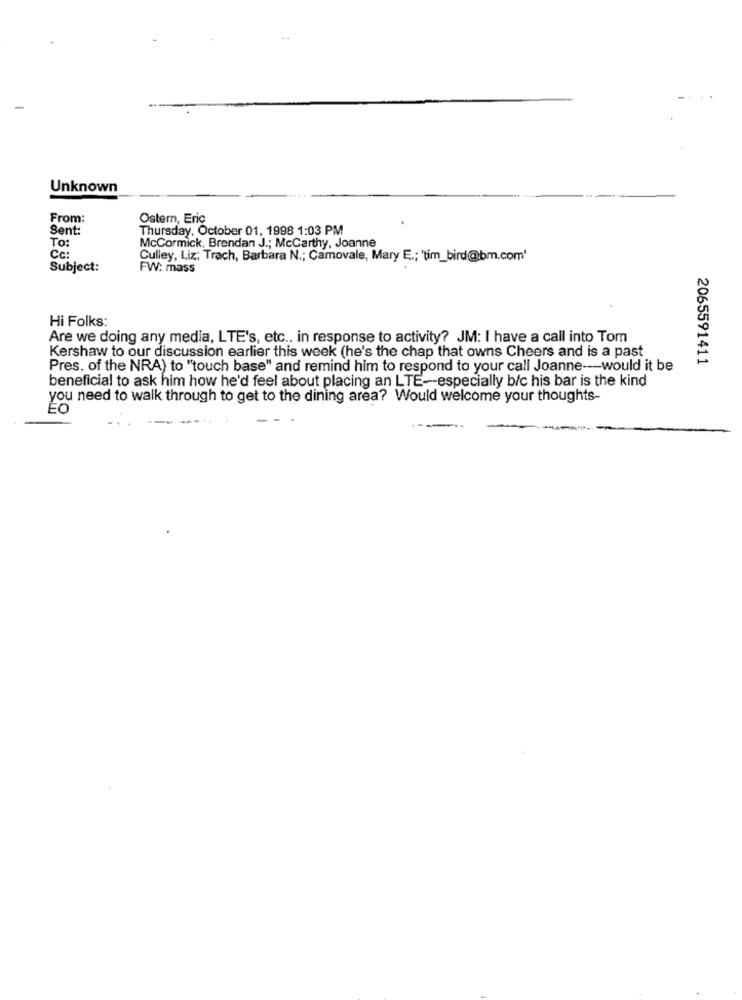
Unknown
From:
Ostern, Eric
Sent:
Thursday, October 01, 1998 1:03 PM
To:
McCormick, Brendan J .; McCarthy, Joanne
Cc:
Culley, Liz; Trach, Barbara N .; Camovale, Mary E .; 'tim_bird@bm.com'
Subject:
FW: mass
Hi Folks:
Are we doing any media, LTE's, etc .. in response to activity? JM: I have a call into Tom
Kershaw to our discussion earlier this week (he's the chap that owns Cheers and is a past
2065591411
Pres. of the NRA) to "touch base" and remind him to respond to your call Joanne -- would it be
beneficial to ask him how he'd feel about placing an LTE -- especially b/c his bar is the kind
you need to walk through to get to the dining area? Would welcome your thoughts-
ÉO